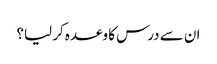
ان سے درس کا وعدہ کر لیا؟